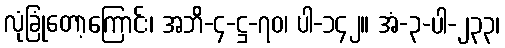
လုံခြုံတော့ကြောင်း၊ အဘိ-၄-ဋ္ဌ-၇၀၊ ပါ-၁၄၂။ အံ-၃-ပါ-၂၃၃၊